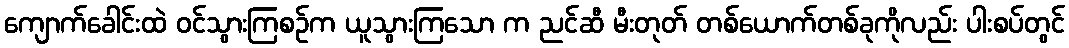
ကျောက်ခေါင်းထဲ ဝင်သွားကြစဉ်က ယူသွားကြသော က ညင်ဆီ မီးတုတ် တစ်ယောက်တစ်ခုကိုလည်း ပါးစပ်တွင်